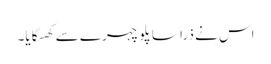
اس نے ذرا سا پلو چہرے سے کھسکایا۔